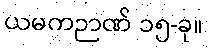
ယမကဉာဏ် ၁၅-ခု။